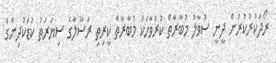
ރޯދަކުރުކުރުން ދީނީ ސުވާލު މުބާރާތް ކުރުވާހަކަ މުބާރާތް ކީރިތި ރަސޫލާގެ ސިޔަރަތު ކުޑަކުދިންގެ